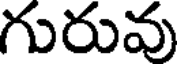
గురువు